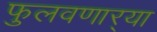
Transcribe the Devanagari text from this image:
फुलवणार्‍या